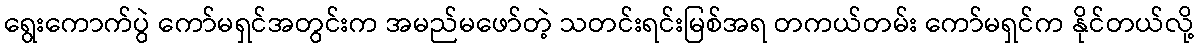
ရွေးကောက်ပွဲ ကော်မရှင်အတွင်းက အမည်မဖော်တဲ့ သတင်းရင်းမြစ်အရ တကယ်တမ်း ကော်မရှင်က နိုင်တယ်လို့